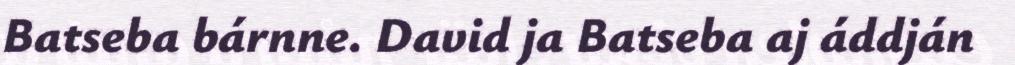
Batseba bárnne. David ja Batseba aj áddján